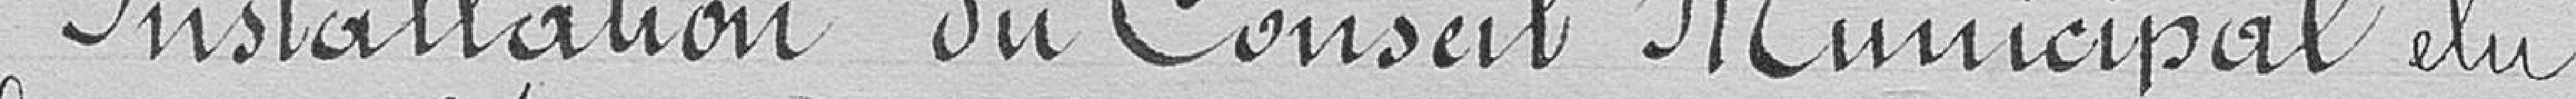
Installation du Conseil Municipal élu